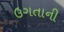
ઉગતાની